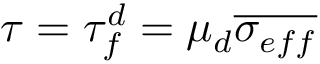
\tau = \tau _ { f } ^ { d } = \mu _ { d } \overline { { \sigma _ { e f f } } }